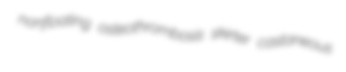
nonfloating osteothrombosis skirter castaneous